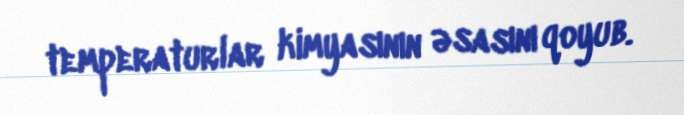
temperaturlar kimyasının əsasını qoyub.